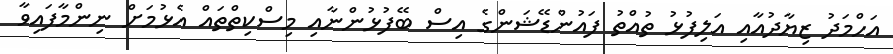
އަހްމަދު ޒިޔާދުއާއި އަލިފުޅު ތުއްތު ފައުންޑޭޝަންގެ އިސް ބޭފުޅުންނާއި މިސްކިތްތައް އެޅުމަށް ނިންމާފައިވާ